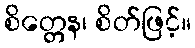
စိတ္တေန၊ စိတ်ဖြင့်။